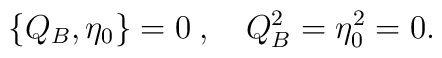
\{Q_B,\eta_0\}=0 \> , \quad Q_B^2=\eta_0^2=0.